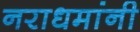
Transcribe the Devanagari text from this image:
नराधमांनी